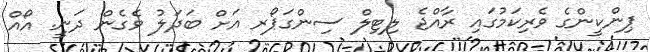
ޕިންކީންގެ ވެރިކަމުގައި ރާއްޖެ ލިޓިލް ސިންގަޕޯރ އަށް ބަދަލު ވެގެން ދަނީ. އޯއް